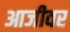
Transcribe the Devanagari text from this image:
आजीवर